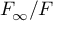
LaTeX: F _ { \infty } / F